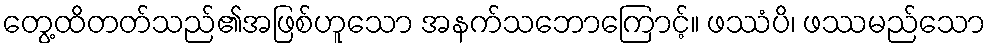
တွေ့ထိတတ်သည်၏အဖြစ်ဟူသော အနက်သဘောကြောင့်။ ဖဿံပိ၊ ဖဿမည်သော